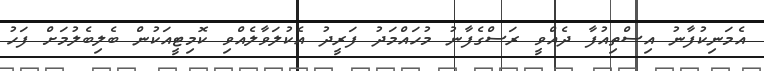
އެމަނިކުފާނު އިސްތިއުފާ ދެއްވީ ރަސްގެފާނު މުހައްމަދު ފަރީދު އެކުލަވާލެއްވި ކޮމިޓީއަކުން ބެލިބެލުމަށް ފަހު